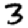
Digit: 3